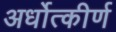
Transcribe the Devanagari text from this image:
अर्धोत्कीर्ण